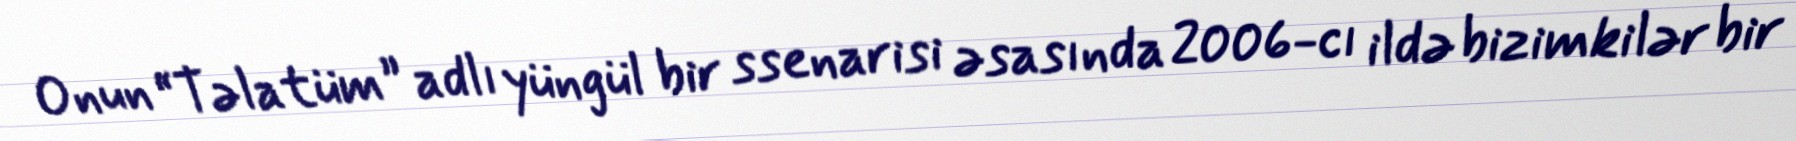
Onun “Təlatüm” adlı yüngül bir ssenarisi əsasında 2006-cı ildə bizimkilər bir